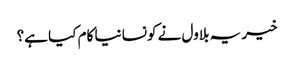
خیر یہ بلاول نے کونسا نیا کام کیا ہے؟